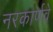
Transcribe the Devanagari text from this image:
नरकार्णवे